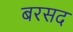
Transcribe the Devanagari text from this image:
बरसद